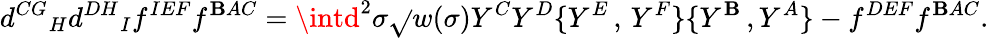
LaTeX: {d^{CG}}_{H}{d^{DH}}_{I}f^{IEF}f^{\mathbf{B}AC}=\intd^{2}\sigma\sqrt{}{{w(\sigma)}}Y^{C}Y^{D}\{ Y^{E}\, ,\, Y^{F}\} \{ Y^{\mathbf{B}}\, ,Y^{A}\} {}-f^{DEF}f^{\mathbf{B}AC}.